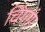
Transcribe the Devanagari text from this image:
चिंगांग